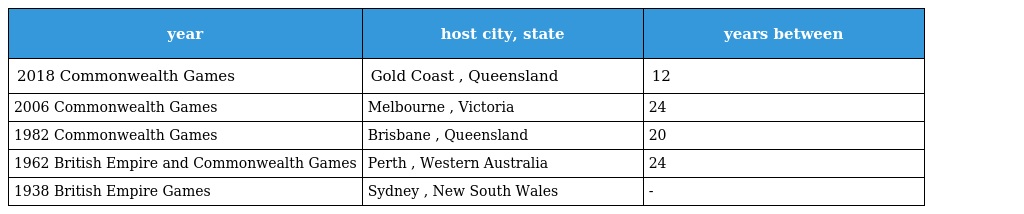
| year | host city, state | years between |
 | --- | --- | --- |
 | 2018 Commonwealth Games | Gold Coast , Queensland | 12 |
 | 2006 Commonwealth Games | Melbourne , Victoria | 24 |
 | 1982 Commonwealth Games | Brisbane , Queensland | 20 |
 | 1962 British Empire and Commonwealth Games | Perth , Western Australia | 24 |
 | 1938 British Empire Games | Sydney , New South Wales | - |